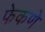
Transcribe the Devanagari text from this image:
फेकणे